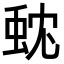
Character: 𮔃